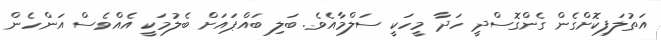
އަތުލަފިކޮށްގެން ގެންގޮސްދީ ހަދާ މީހަކީ ސަލްމާއެވެ. ބަލި ބައްޕައަށް ބެލުމަކީ އެއްވެސް އަންހެން